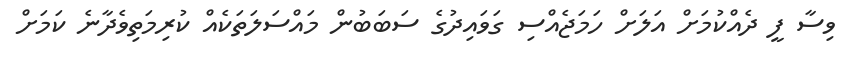
ވިސާ ފީ ދެއްކުމަށް އަލަށް ހަމަޖެއްސި ގަވައިދުގެ ސަބަބުން މައްސަލަތަކެއް ކުރިމަތިވެދާނެ ކަމަށް